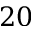
2 0